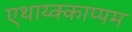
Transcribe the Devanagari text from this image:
एथाय्क्काप्पम